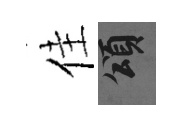
佳頌